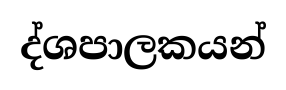
ද්ශපාලකයන්